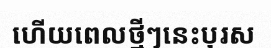
ហើយពេលថ្មីៗនេះបុរស